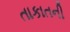
તાકાતની